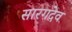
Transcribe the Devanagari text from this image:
सारगदेव